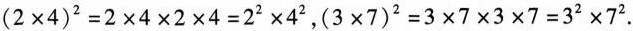
$$( 2 \times 4 ) ^ { 2 } = 2 \times 4 \times 2 \times 4 = 2 ^ { 2 } \times 4 ^ { 2 }$$，$$( 3 \times 7 ) ^ { 2 } = 3 \times 7 \times 3 \times 7 = 3 ^ { 2 } \times 7 ^ { 2 }$$.